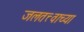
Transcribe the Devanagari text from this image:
जलतत्त्वाच्या